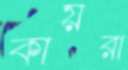
কায়রা